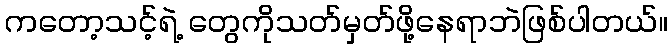
ကတော့သင့်ရဲ့ တွေကိုသတ်မှတ်ဖို့နေရာဘဲဖြစ်ပါတယ်။